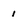
Character: 1